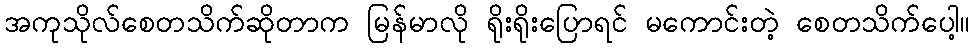
အကုသိုလ်စေတသိက်ဆိုတာက မြန်မာလို ရိုးရိုးပြောရင် မကောင်းတဲ့ စေတသိက်ပေါ့။